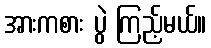
အားကစား ပွဲ ကြည့်မယ်။